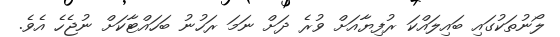
ލޯނުތަކުގައި ބައިލައްކަ ރުފިޔާއަށް ވުރެ ދަށް ނަމަ ރަހުނު ބަހައްޓާކަށް ނުޖެހެ އެވެ.